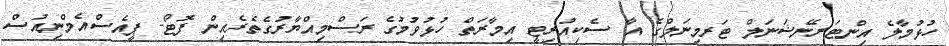
ހުޅުމާލެ އިންޓަރނޭޝަނަލް ޓަރމިނަލްގެ އާ ސެކިއުރިޓީ އިމާރަތް ހުޅުވުމުގެ ރަސްމިއްޔާރުގެތެރެއިން ފޮޓޯ- ޕީއެސްއެމްނިއުސް